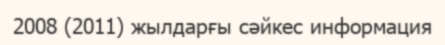
2008 (2011) жылдарғы сәйкес информация